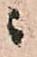
ニ